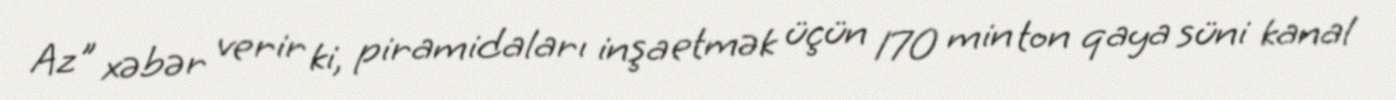
Az" xəbər verir ki, piramidaları inşa etmək üçün 170 min ton qaya süni kanal